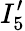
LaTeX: I_{5}^{\prime}